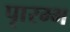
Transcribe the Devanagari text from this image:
पाृरम्भ